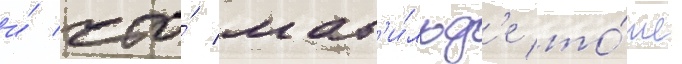
и́ что́ мат'и́льд'е то́же